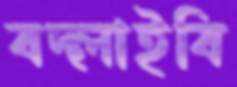
বদ্‌লাইবি